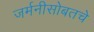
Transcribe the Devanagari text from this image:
जर्मनीसोबतचे